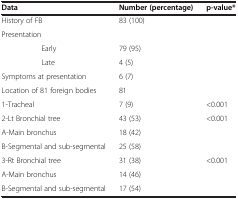
| Data | Number (percentage) | p-value* |
 | --- | --- | --- |
 | History of FB | 83 (100) |  |
 | <COLSPAN=3> Presentation |
 | Early | 79 (95) |  |
 | Late | 4 (5) |  |
 | Symptoms at presentation | 6 (7) |  |
 | Location of 81 foreign bodies | 81 |  |
 | 1-Tracheal | 7 (9) | <0.001 |
 | 2-Lt Bronchial tree | 43 (53) | <0.001 |
 | A-Main bronchus | 18 (42) |  |
 | B-Segmental and sub-segmental | 25 (58) |  |
 | 3-Rt Bronchial tree | 31 (38) | <0.001 |
 | A-Main bronchus | 14 (46) |  |
 | B-Segmental and sub-segmental | 17 (54) |  |